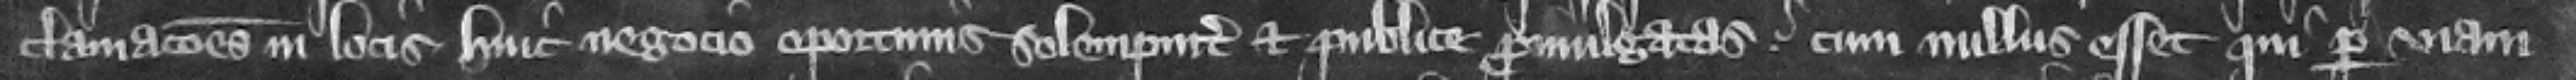
clamaciones in locis hui negocio oportunis solempniter et publice promulgatas cum nullus esset qui per viam